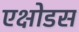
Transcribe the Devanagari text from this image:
एक्षोडस